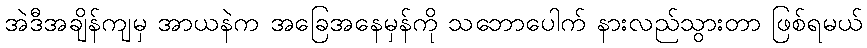
အဲဒီအချိန်ကျမှ အာယနဲက အခြေအနေမှန်ကို သဘောပေါက် နားလည်သွားတာ ဖြစ်ရမယ်